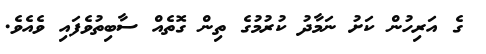
ގެ އަރިހުން ކަށު ނަމާދު ކުރުމުގެ ތިން ގޮތެއް ސާބިތުވެފައި ވެއެވެ.